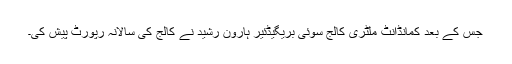
جس کے بعد کمانڈانٹ ملٹری کالج سوئی بریگیڈئیر ہارون رشید نے کالج کی سالانہ رپورٹ پیش کی۔